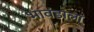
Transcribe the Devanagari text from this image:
भावंडाला